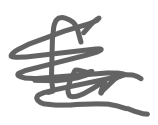
Text: for
Cross-out: scratch
Writing tool: digital_gray